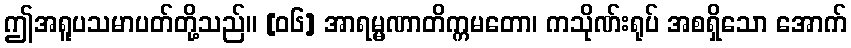
ဤအရူပသမာပတ်တို့သည်။ [၀၆] အာရမ္မဏာတိက္ကမတော၊ ကသိုဏ်းရုပ် အစရှိသော အောက်